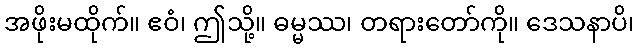
အဖိုးမထိုက်။ ဧဝံ၊ ဤသို့။ ဓမ္မဿ၊ တရားတော်ကို။ ဒေသနာပိ၊